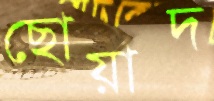
ছোয়াদ